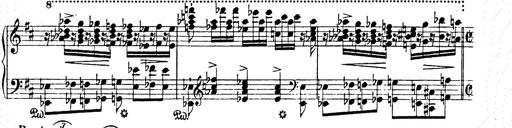
Title: AnnÃ©es de pÃ¨lerinage II
Composer: Franz Liszt